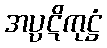
အပ္ပဋိကုဋ္ဌံ